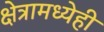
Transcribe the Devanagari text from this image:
क्षेत्रामध्येही